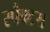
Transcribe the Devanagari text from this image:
स्पैक्टस